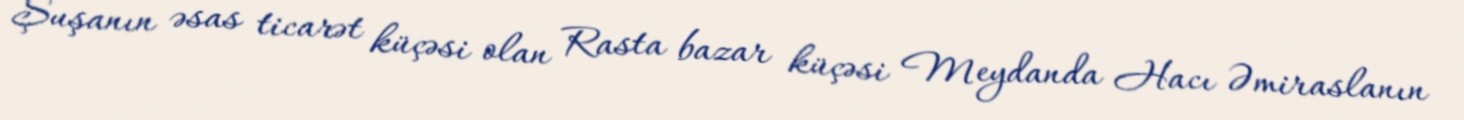
Şuşanın əsas ticarət küçəsi olan Rasta bazar küçəsi Meydanda Hacı Əmiraslanın